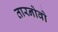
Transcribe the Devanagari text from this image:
तारनोवो